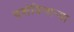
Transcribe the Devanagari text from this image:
दर्शविणार्‍या